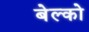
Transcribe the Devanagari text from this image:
बेल्को